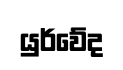
යුර්වේද